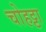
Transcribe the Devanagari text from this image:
चोहट्टा